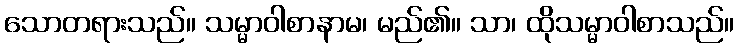
သောတရားသည်။ သမ္မာဝါစာနာမ၊ မည်၏။ သာ၊ ထိုသမ္မာဝါစာသည်။